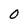
Character: 0